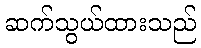
ဆက်သွယ်ထားသည်